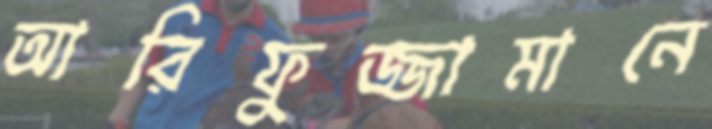
আরিফুজ্জামানে